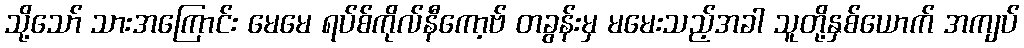
သို့သော် သားအကြောင်း မေမေ ရပ်စ်ကိုလ်နီကော့ဗ် တခွန်းမှ မမေးသည့်အခါ သူတို့နှစ်ယောက် အကျပ်